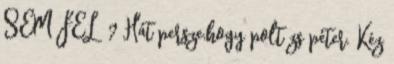
SEM FÉL ? Hát persze,hogy polt zs péter. Kéz